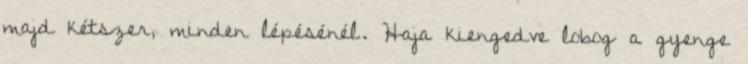
majd kétszer, minden lépésénél. Haja kiengedve lobog a gyenge